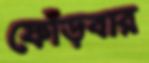
ফোঁড়বার